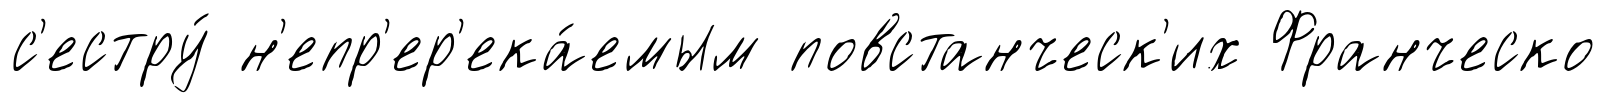
с'естру́ н'епр'ер'ека́емым повстанческ'их Франческо